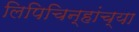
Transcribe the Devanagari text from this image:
लिपिचिन्हांच्या